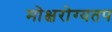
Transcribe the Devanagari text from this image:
मोक्षरोग्यतप